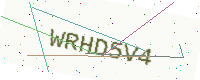
Text: WRHD5V4